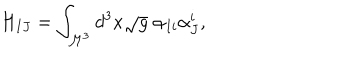
H _ { I J } = \int _ { \mathcal { M } ^ { 3 } } d ^ { 3 } x \sqrt { g } \; \alpha _ { I i } \alpha _ { J } ^ { i } ,